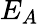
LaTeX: E_{A}